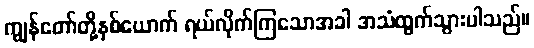
ကျွန်တော်တို့နှစ်ယောက် ရယ်လိုက်ကြသောအခါ အသံထွက်သွားပါသည်။